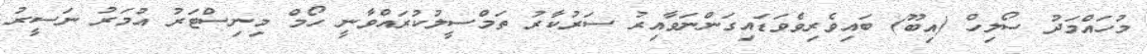
މުހައްމަދު ސޯލިހް (އިބޫ) ބައިވެރިވެވަޑައިގަންނަވާއިރު ސަރުކާރު ތަމްސީލުކުރައްވާނީ ހޯމް މިނިސްޓަރު އުމަރު ނަސީރު